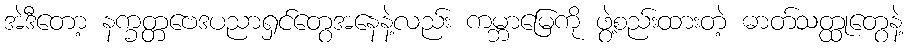
အဲဒီတော့ နက္ခတ္တဗေဒပညာရှင်တွေအနေနဲ့လည်း ကမ္ဘာမြေကို ဖွဲ့စည်းထားတဲ့ ဓာတ်သတ္ထုတွေနဲ့